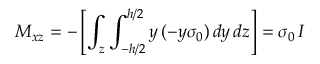
M _ { x z } = - \left[ \int _ { z } \int _ { - h / 2 } ^ { h / 2 } y \, ( - y \sigma _ { 0 } ) \, d y \, d z \right] = \sigma _ { 0 } \, I